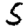
Digit: 5